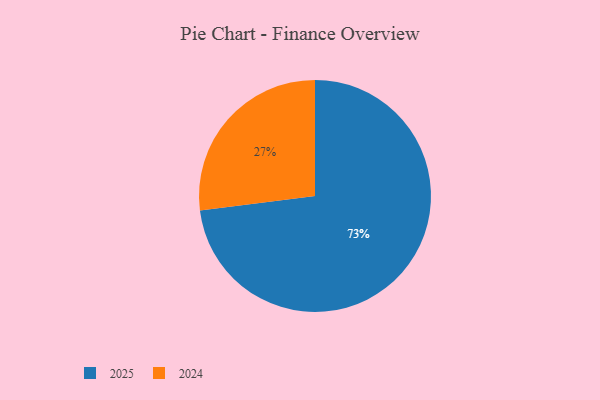
{"axis": {"x": "Category", "y": "Percentage"}, "legend": ["2024", "2025"], "data": [{"x": "2024", "y": 27, "type": "2024"}, {"x": "2025", "y": 73, "type": "2025"}]}